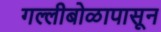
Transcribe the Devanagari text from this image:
गल्लीबोळापासून